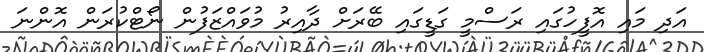
އަދި މައި އޮފީހުގައި ރަސްމީ ގަޑީގައި ބޭރަށް ދާއިރު މުވައްޒަފުން ނޯޓްކުރަން އޮންނަ